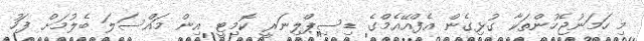
މި ހަމަނުޖެހުންތަކާ ގުޅިގެން އެފްއޭއެމްގެ ޑިސިޕްލިނަރީ ކޮމިޓީ އިން މައްސަލަ ބެލުމަށް ފަހު